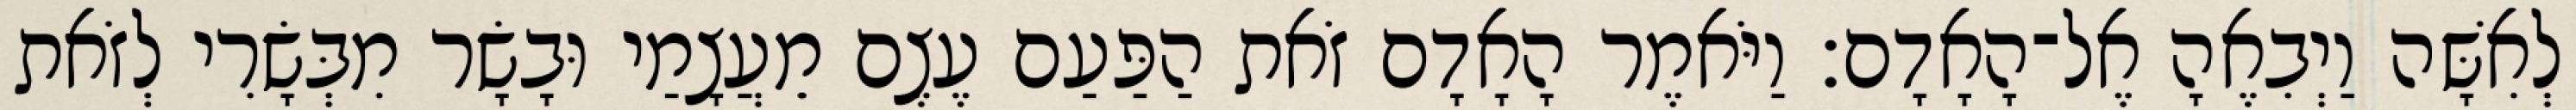
לְאִשָּׁה וַיְבִאֶהָ אֶל־הָאָדָם׃ וַיֹּאמֶר הָאָדָם זֹאת הַפַּעַם עֶצֶם מֵעֲצָמַי וּבָשָׂר מִבְּשָׂרִי לְזֹאת